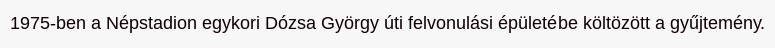
1975-ben a Népstadion egykori Dózsa György úti felvonulási épületébe költözött a gyűjtemény.